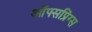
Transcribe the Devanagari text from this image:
ऑफ्सप्रिंग्स